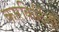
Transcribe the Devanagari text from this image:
कारकिर्दिची